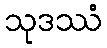
သုဒဿံ